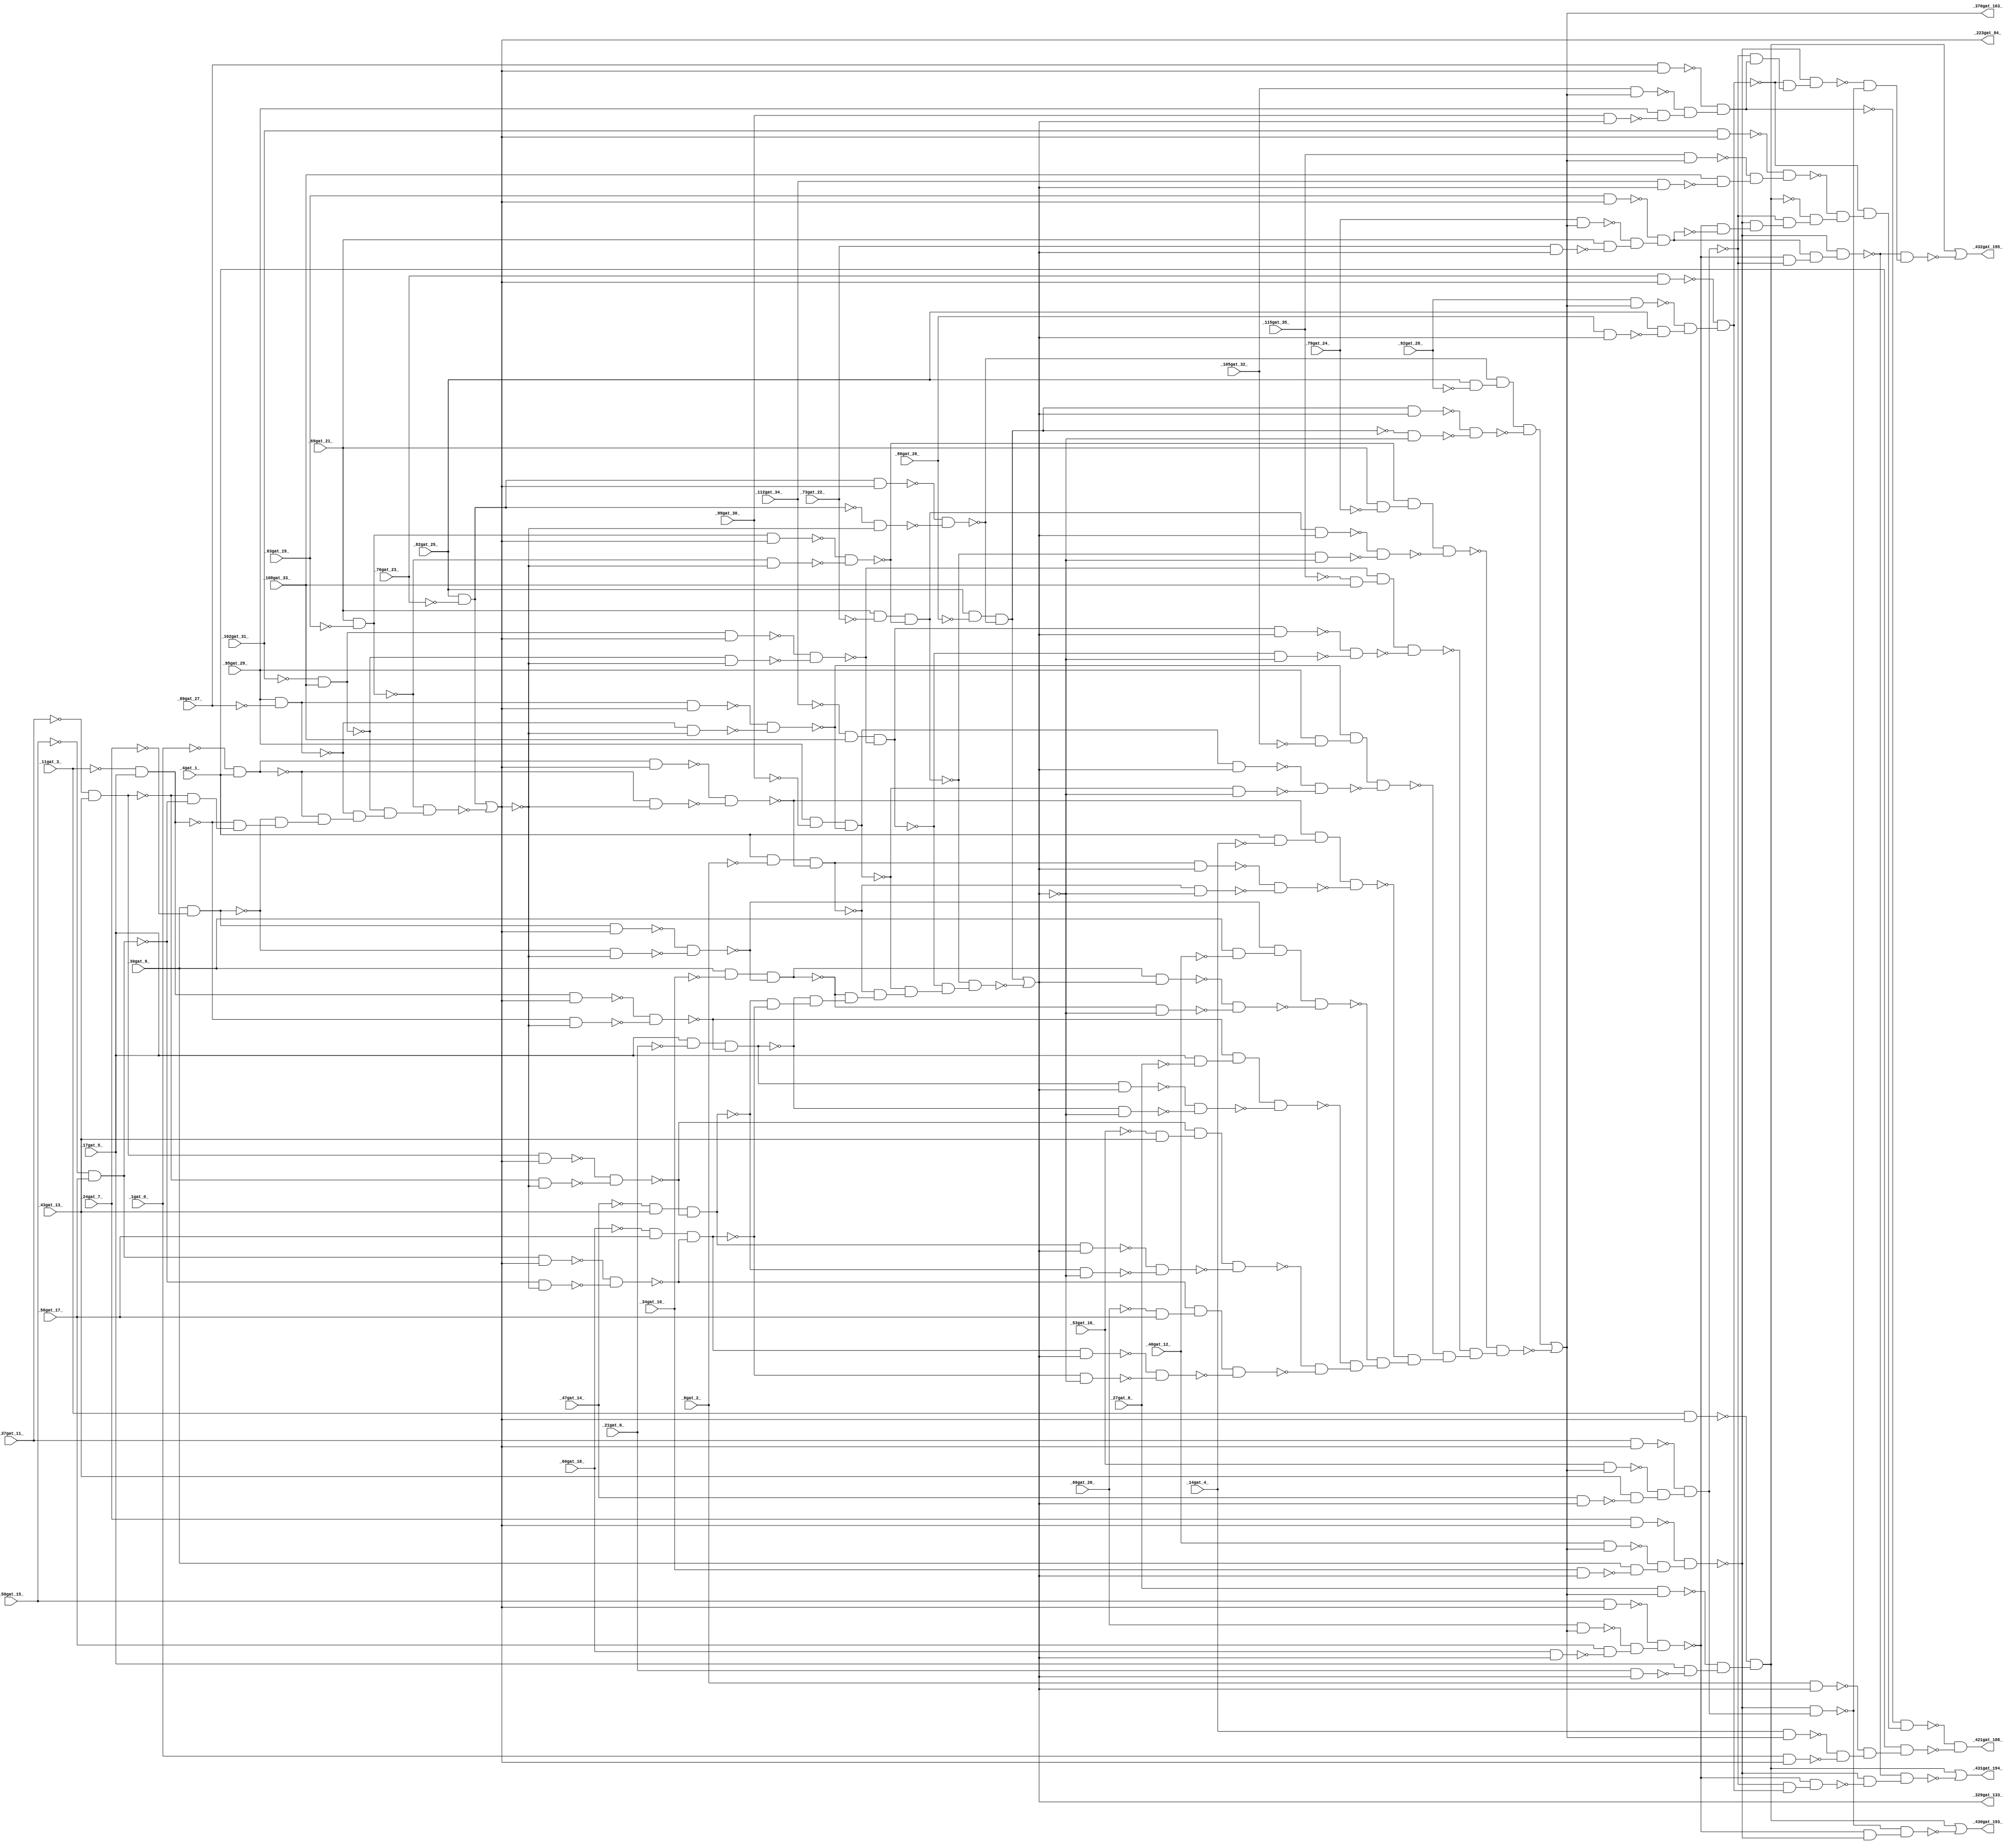
module top ( 
    _1gat_0_, _11gat_3_, _17gat_5_, _95gat_29_, _112gat_34_, _4gat_1_,
    _30gat_9_, _27gat_8_, _8gat_2_, _40gat_12_, _47gat_14_, _69gat_21_,
    _73gat_22_, _89gat_27_, _53gat_16_, _115gat_35_, _37gat_11_,
    _63gat_19_, _99gat_30_, _79gat_24_, _14gat_4_, _102gat_31_, _24gat_7_,
    _82gat_25_, _66gat_20_, _43gat_13_, _92gat_28_, _76gat_23_, _86gat_26_,
    _50gat_15_, _108gat_33_, _21gat_6_, _60gat_18_, _56gat_17_,
    _105gat_32_, _34gat_10_,
    _421gat_188_, _329gat_133_, _223gat_84_, _370gat_163_, _431gat_194_,
    _432gat_195_, _430gat_193_  );
  input  _1gat_0_, _11gat_3_, _17gat_5_, _95gat_29_, _112gat_34_,
    _4gat_1_, _30gat_9_, _27gat_8_, _8gat_2_, _40gat_12_, _47gat_14_,
    _69gat_21_, _73gat_22_, _89gat_27_, _53gat_16_, _115gat_35_,
    _37gat_11_, _63gat_19_, _99gat_30_, _79gat_24_, _14gat_4_, _102gat_31_,
    _24gat_7_, _82gat_25_, _66gat_20_, _43gat_13_, _92gat_28_, _76gat_23_,
    _86gat_26_, _50gat_15_, _108gat_33_, _21gat_6_, _60gat_18_, _56gat_17_,
    _105gat_32_, _34gat_10_;
  output _421gat_188_, _329gat_133_, _223gat_84_, _370gat_163_, _431gat_194_,
    _432gat_195_, _430gat_193_;
  wire new_n44_, new_n45_, new_n46_, new_n47_, new_n48_, new_n49_, new_n50_,
    new_n51_, new_n52_, new_n53_, new_n54_, new_n55_, new_n56_, new_n57_,
    new_n58_, new_n59_, new_n60_, new_n62_, new_n63_, new_n64_, new_n65_,
    new_n66_, new_n67_, new_n68_, new_n69_, new_n70_, new_n71_, new_n72_,
    new_n73_, new_n74_, new_n75_, new_n76_, new_n77_, new_n78_, new_n79_,
    new_n80_, new_n81_, new_n82_, new_n83_, new_n84_, new_n85_, new_n86_,
    new_n87_, new_n88_, new_n89_, new_n90_, new_n91_, new_n92_, new_n93_,
    new_n94_, new_n95_, new_n96_, new_n97_, new_n98_, new_n99_, new_n100_,
    new_n101_, new_n102_, new_n103_, new_n104_, new_n105_, new_n106_,
    new_n107_, new_n108_, new_n109_, new_n110_, new_n111_, new_n112_,
    new_n114_, new_n115_, new_n116_, new_n117_, new_n118_, new_n119_,
    new_n120_, new_n121_, new_n122_, new_n123_, new_n124_, new_n125_,
    new_n126_, new_n127_, new_n128_, new_n129_, new_n130_, new_n131_,
    new_n132_, new_n133_, new_n134_, new_n135_, new_n136_, new_n137_,
    new_n138_, new_n139_, new_n140_, new_n141_, new_n142_, new_n143_,
    new_n144_, new_n145_, new_n146_, new_n147_, new_n148_, new_n149_,
    new_n150_, new_n151_, new_n152_, new_n153_, new_n154_, new_n155_,
    new_n156_, new_n157_, new_n158_, new_n159_, new_n160_, new_n161_,
    new_n162_, new_n163_, new_n164_, new_n165_, new_n166_, new_n167_,
    new_n168_, new_n169_, new_n170_, new_n171_, new_n172_, new_n173_,
    new_n174_, new_n175_, new_n177_, new_n178_, new_n179_, new_n180_,
    new_n181_, new_n182_, new_n183_, new_n184_, new_n185_, new_n186_,
    new_n187_, new_n188_, new_n189_, new_n190_, new_n191_, new_n192_,
    new_n193_, new_n194_, new_n195_, new_n196_, new_n197_, new_n198_,
    new_n199_, new_n200_, new_n201_, new_n202_, new_n203_, new_n204_,
    new_n205_, new_n206_, new_n207_, new_n208_, new_n209_, new_n210_,
    new_n211_, new_n212_, new_n213_, new_n214_, new_n215_, new_n216_,
    new_n217_, new_n218_, new_n219_, new_n220_, new_n221_, new_n222_,
    new_n223_, new_n224_, new_n225_, new_n226_, new_n227_, new_n228_,
    new_n229_, new_n230_, new_n231_, new_n232_, new_n233_, new_n234_,
    new_n235_, new_n236_, new_n238_, new_n239_, new_n240_, new_n241_,
    new_n242_, new_n243_, new_n244_, new_n246_, new_n247_, new_n248_,
    new_n249_, new_n250_, new_n251_, new_n253_, new_n254_;
  assign new_n44_ = ~_47gat_14_ & _43gat_13_;
  assign new_n45_ = ~_37gat_11_ & _43gat_13_;
  assign new_n46_ = ~_50gat_15_ & _56gat_17_;
  assign new_n47_ = ~_11gat_3_ & _17gat_5_;
  assign new_n48_ = _30gat_9_ & ~_24gat_7_;
  assign new_n49_ = ~_1gat_0_ & _4gat_1_;
  assign new_n50_ = _95gat_29_ & ~_89gat_27_;
  assign new_n51_ = ~_102gat_31_ & _108gat_33_;
  assign new_n52_ = _69gat_21_ & ~_63gat_19_;
  assign new_n53_ = _82gat_25_ & ~_76gat_23_;
  assign new_n54_ = ~new_n45_ & ~new_n46_;
  assign new_n55_ = ~new_n47_ & new_n54_;
  assign new_n56_ = ~new_n48_ & new_n55_;
  assign new_n57_ = ~new_n49_ & new_n56_;
  assign new_n58_ = ~new_n50_ & new_n57_;
  assign new_n59_ = ~new_n51_ & new_n58_;
  assign new_n60_ = ~new_n52_ & new_n59_;
  assign _223gat_84_ = new_n53_ | ~new_n60_;
  assign new_n62_ = new_n45_ & _223gat_84_;
  assign new_n63_ = ~new_n45_ & ~_223gat_84_;
  assign new_n64_ = ~new_n62_ & ~new_n63_;
  assign new_n65_ = new_n44_ & ~new_n64_;
  assign new_n66_ = ~_60gat_18_ & _56gat_17_;
  assign new_n67_ = new_n46_ & _223gat_84_;
  assign new_n68_ = ~new_n46_ & ~_223gat_84_;
  assign new_n69_ = ~new_n67_ & ~new_n68_;
  assign new_n70_ = new_n66_ & ~new_n69_;
  assign new_n71_ = _17gat_5_ & ~_21gat_6_;
  assign new_n72_ = new_n47_ & _223gat_84_;
  assign new_n73_ = ~new_n47_ & ~_223gat_84_;
  assign new_n74_ = ~new_n72_ & ~new_n73_;
  assign new_n75_ = new_n71_ & ~new_n74_;
  assign new_n76_ = _30gat_9_ & ~_34gat_10_;
  assign new_n77_ = new_n48_ & _223gat_84_;
  assign new_n78_ = ~new_n48_ & ~_223gat_84_;
  assign new_n79_ = ~new_n77_ & ~new_n78_;
  assign new_n80_ = new_n76_ & ~new_n79_;
  assign new_n81_ = _4gat_1_ & ~_8gat_2_;
  assign new_n82_ = new_n49_ & _223gat_84_;
  assign new_n83_ = ~new_n49_ & ~_223gat_84_;
  assign new_n84_ = ~new_n82_ & ~new_n83_;
  assign new_n85_ = new_n81_ & ~new_n84_;
  assign new_n86_ = _95gat_29_ & ~_99gat_30_;
  assign new_n87_ = new_n50_ & _223gat_84_;
  assign new_n88_ = ~new_n50_ & ~_223gat_84_;
  assign new_n89_ = ~new_n87_ & ~new_n88_;
  assign new_n90_ = new_n86_ & ~new_n89_;
  assign new_n91_ = ~_112gat_34_ & _108gat_33_;
  assign new_n92_ = new_n51_ & _223gat_84_;
  assign new_n93_ = ~new_n51_ & ~_223gat_84_;
  assign new_n94_ = ~new_n92_ & ~new_n93_;
  assign new_n95_ = new_n91_ & ~new_n94_;
  assign new_n96_ = _69gat_21_ & ~_73gat_22_;
  assign new_n97_ = new_n52_ & _223gat_84_;
  assign new_n98_ = ~new_n52_ & ~_223gat_84_;
  assign new_n99_ = ~new_n97_ & ~new_n98_;
  assign new_n100_ = new_n96_ & ~new_n99_;
  assign new_n101_ = _82gat_25_ & ~_86gat_26_;
  assign new_n102_ = new_n53_ & _223gat_84_;
  assign new_n103_ = ~new_n53_ & ~_223gat_84_;
  assign new_n104_ = ~new_n102_ & ~new_n103_;
  assign new_n105_ = new_n101_ & ~new_n104_;
  assign new_n106_ = ~new_n65_ & ~new_n70_;
  assign new_n107_ = ~new_n75_ & new_n106_;
  assign new_n108_ = ~new_n80_ & new_n107_;
  assign new_n109_ = ~new_n85_ & new_n108_;
  assign new_n110_ = ~new_n90_ & new_n109_;
  assign new_n111_ = ~new_n95_ & new_n110_;
  assign new_n112_ = ~new_n100_ & new_n111_;
  assign _329gat_133_ = new_n105_ | ~new_n112_;
  assign new_n114_ = _60gat_18_ & _329gat_133_;
  assign new_n115_ = ~_53gat_16_ & _43gat_13_;
  assign new_n116_ = ~new_n64_ & new_n115_;
  assign new_n117_ = new_n65_ & _329gat_133_;
  assign new_n118_ = ~new_n65_ & ~_329gat_133_;
  assign new_n119_ = ~new_n117_ & ~new_n118_;
  assign new_n120_ = new_n116_ & ~new_n119_;
  assign new_n121_ = ~_66gat_20_ & _56gat_17_;
  assign new_n122_ = ~new_n69_ & new_n121_;
  assign new_n123_ = new_n70_ & _329gat_133_;
  assign new_n124_ = ~new_n70_ & ~_329gat_133_;
  assign new_n125_ = ~new_n123_ & ~new_n124_;
  assign new_n126_ = new_n122_ & ~new_n125_;
  assign new_n127_ = _17gat_5_ & ~_27gat_8_;
  assign new_n128_ = ~new_n74_ & new_n127_;
  assign new_n129_ = new_n75_ & _329gat_133_;
  assign new_n130_ = ~new_n75_ & ~_329gat_133_;
  assign new_n131_ = ~new_n129_ & ~new_n130_;
  assign new_n132_ = new_n128_ & ~new_n131_;
  assign new_n133_ = _30gat_9_ & ~_40gat_12_;
  assign new_n134_ = ~new_n79_ & new_n133_;
  assign new_n135_ = new_n80_ & _329gat_133_;
  assign new_n136_ = ~new_n80_ & ~_329gat_133_;
  assign new_n137_ = ~new_n135_ & ~new_n136_;
  assign new_n138_ = new_n134_ & ~new_n137_;
  assign new_n139_ = _4gat_1_ & ~_14gat_4_;
  assign new_n140_ = ~new_n84_ & new_n139_;
  assign new_n141_ = new_n85_ & _329gat_133_;
  assign new_n142_ = ~new_n85_ & ~_329gat_133_;
  assign new_n143_ = ~new_n141_ & ~new_n142_;
  assign new_n144_ = new_n140_ & ~new_n143_;
  assign new_n145_ = _95gat_29_ & ~_105gat_32_;
  assign new_n146_ = ~new_n89_ & new_n145_;
  assign new_n147_ = new_n90_ & _329gat_133_;
  assign new_n148_ = ~new_n90_ & ~_329gat_133_;
  assign new_n149_ = ~new_n147_ & ~new_n148_;
  assign new_n150_ = new_n146_ & ~new_n149_;
  assign new_n151_ = ~_115gat_35_ & _108gat_33_;
  assign new_n152_ = ~new_n94_ & new_n151_;
  assign new_n153_ = new_n95_ & _329gat_133_;
  assign new_n154_ = ~new_n95_ & ~_329gat_133_;
  assign new_n155_ = ~new_n153_ & ~new_n154_;
  assign new_n156_ = new_n152_ & ~new_n155_;
  assign new_n157_ = _69gat_21_ & ~_79gat_24_;
  assign new_n158_ = ~new_n99_ & new_n157_;
  assign new_n159_ = new_n100_ & _329gat_133_;
  assign new_n160_ = ~new_n100_ & ~_329gat_133_;
  assign new_n161_ = ~new_n159_ & ~new_n160_;
  assign new_n162_ = new_n158_ & ~new_n161_;
  assign new_n163_ = _82gat_25_ & ~_92gat_28_;
  assign new_n164_ = ~new_n104_ & new_n163_;
  assign new_n165_ = new_n105_ & _329gat_133_;
  assign new_n166_ = ~new_n105_ & ~_329gat_133_;
  assign new_n167_ = ~new_n165_ & ~new_n166_;
  assign new_n168_ = new_n164_ & ~new_n167_;
  assign new_n169_ = ~new_n120_ & ~new_n126_;
  assign new_n170_ = ~new_n132_ & new_n169_;
  assign new_n171_ = ~new_n138_ & new_n170_;
  assign new_n172_ = ~new_n144_ & new_n171_;
  assign new_n173_ = ~new_n150_ & new_n172_;
  assign new_n174_ = ~new_n156_ & new_n173_;
  assign new_n175_ = ~new_n162_ & new_n174_;
  assign _370gat_163_ = new_n168_ | ~new_n175_;
  assign new_n177_ = _66gat_20_ & _370gat_163_;
  assign new_n178_ = _50gat_15_ & _223gat_84_;
  assign new_n179_ = _56gat_17_ & ~new_n114_;
  assign new_n180_ = ~new_n177_ & new_n179_;
  assign new_n181_ = ~new_n178_ & new_n180_;
  assign new_n182_ = _73gat_22_ & _329gat_133_;
  assign new_n183_ = _79gat_24_ & _370gat_163_;
  assign new_n184_ = _63gat_19_ & _223gat_84_;
  assign new_n185_ = _69gat_21_ & ~new_n182_;
  assign new_n186_ = ~new_n183_ & new_n185_;
  assign new_n187_ = ~new_n184_ & new_n186_;
  assign new_n188_ = _34gat_10_ & _329gat_133_;
  assign new_n189_ = _40gat_12_ & _370gat_163_;
  assign new_n190_ = _24gat_7_ & _223gat_84_;
  assign new_n191_ = _30gat_9_ & ~new_n188_;
  assign new_n192_ = ~new_n189_ & new_n191_;
  assign new_n193_ = ~new_n190_ & new_n192_;
  assign new_n194_ = _47gat_14_ & _329gat_133_;
  assign new_n195_ = _53gat_16_ & _370gat_163_;
  assign new_n196_ = _37gat_11_ & _223gat_84_;
  assign new_n197_ = _43gat_13_ & ~new_n194_;
  assign new_n198_ = ~new_n195_ & new_n197_;
  assign new_n199_ = ~new_n196_ & new_n198_;
  assign new_n200_ = _21gat_6_ & _329gat_133_;
  assign new_n201_ = _27gat_8_ & _370gat_163_;
  assign new_n202_ = _11gat_3_ & _223gat_84_;
  assign new_n203_ = _17gat_5_ & ~new_n200_;
  assign new_n204_ = ~new_n201_ & new_n203_;
  assign new_n205_ = ~new_n202_ & new_n204_;
  assign new_n206_ = _112gat_34_ & _329gat_133_;
  assign new_n207_ = _115gat_35_ & _370gat_163_;
  assign new_n208_ = _102gat_31_ & _223gat_84_;
  assign new_n209_ = _108gat_33_ & ~new_n206_;
  assign new_n210_ = ~new_n207_ & new_n209_;
  assign new_n211_ = ~new_n208_ & new_n210_;
  assign new_n212_ = _86gat_26_ & _329gat_133_;
  assign new_n213_ = _92gat_28_ & _370gat_163_;
  assign new_n214_ = _76gat_23_ & _223gat_84_;
  assign new_n215_ = _82gat_25_ & ~new_n212_;
  assign new_n216_ = ~new_n213_ & new_n215_;
  assign new_n217_ = ~new_n214_ & new_n216_;
  assign new_n218_ = _99gat_30_ & _329gat_133_;
  assign new_n219_ = _105gat_32_ & _370gat_163_;
  assign new_n220_ = _89gat_27_ & _223gat_84_;
  assign new_n221_ = _95gat_29_ & ~new_n218_;
  assign new_n222_ = ~new_n219_ & new_n221_;
  assign new_n223_ = ~new_n220_ & new_n222_;
  assign new_n224_ = ~new_n181_ & ~new_n187_;
  assign new_n225_ = ~new_n193_ & new_n224_;
  assign new_n226_ = ~new_n199_ & new_n225_;
  assign new_n227_ = ~new_n205_ & new_n226_;
  assign new_n228_ = ~new_n211_ & new_n227_;
  assign new_n229_ = ~new_n217_ & new_n228_;
  assign new_n230_ = ~new_n223_ & new_n229_;
  assign new_n231_ = _14gat_4_ & _370gat_163_;
  assign new_n232_ = _1gat_0_ & _223gat_84_;
  assign new_n233_ = _8gat_2_ & _329gat_133_;
  assign new_n234_ = ~new_n231_ & ~new_n232_;
  assign new_n235_ = ~new_n233_ & new_n234_;
  assign new_n236_ = _4gat_1_ & new_n235_;
  assign _421gat_188_ = ~new_n230_ & ~new_n236_;
  assign new_n238_ = ~new_n199_ & new_n217_;
  assign new_n239_ = ~new_n181_ & new_n238_;
  assign new_n240_ = ~new_n181_ & ~new_n199_;
  assign new_n241_ = new_n187_ & new_n240_;
  assign new_n242_ = ~new_n193_ & new_n241_;
  assign new_n243_ = ~new_n193_ & ~new_n239_;
  assign new_n244_ = ~new_n242_ & new_n243_;
  assign _431gat_194_ = new_n205_ | ~new_n244_;
  assign new_n246_ = ~new_n199_ & new_n223_;
  assign new_n247_ = ~new_n217_ & new_n246_;
  assign new_n248_ = ~new_n193_ & new_n247_;
  assign new_n249_ = ~new_n193_ & new_n199_;
  assign new_n250_ = ~new_n248_ & ~new_n249_;
  assign new_n251_ = ~new_n242_ & new_n250_;
  assign _432gat_195_ = new_n205_ | ~new_n251_;
  assign new_n253_ = ~new_n181_ & ~new_n193_;
  assign new_n254_ = ~new_n249_ & new_n253_;
  assign _430gat_193_ = new_n205_ | ~new_n254_;
endmodule